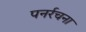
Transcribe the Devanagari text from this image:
पनर्रचना